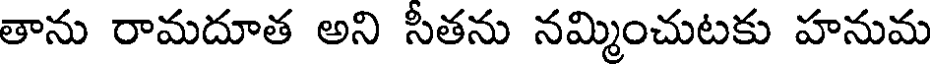
తాను రామదూత అని సీతను నమ్మించుటకు హనుమ